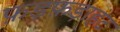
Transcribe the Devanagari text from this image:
फ़ड़फ़ड़ाहट